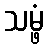
သမ္ဖံ